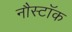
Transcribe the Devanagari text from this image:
नौस्टॉक